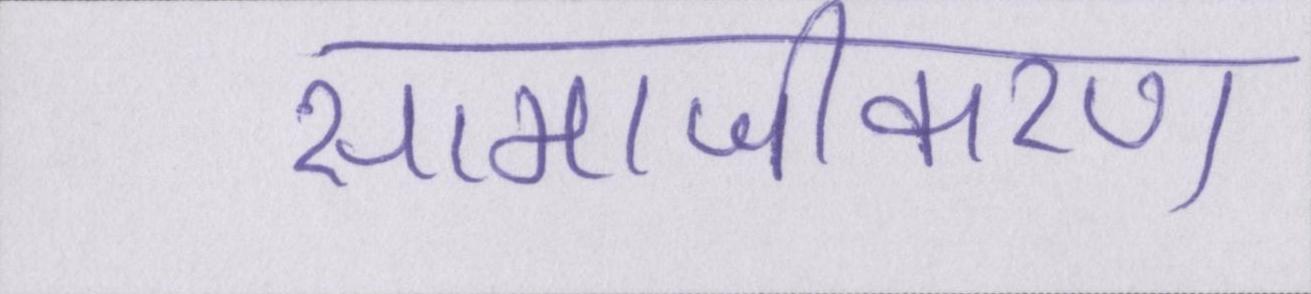
सामाजीकरण